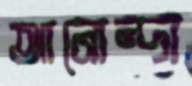
আনোন্দা